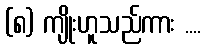
(၈) ကျိုးဟူသည်ကား ....